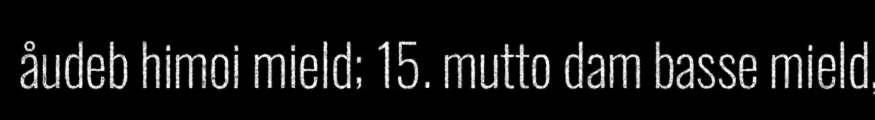
åudeb himoi mield; 15. mutto dam basse mield,